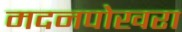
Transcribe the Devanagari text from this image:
मदनपोखरा